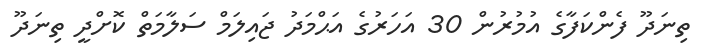
ތިނަދޫ ފެންކަފާގެ އުމުރުން 30 އަހަރުގެ އަޙްމަދު ޖައިލަމް ސަލާމަތް ކޮށްދީ ތިނަދޫ